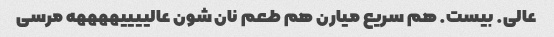
عالی. بیست. هم سریع میارن هم طعم نان شون عالییییههههه مرسی